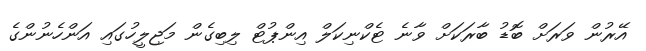
އޭރުން ވަރަށް ބޮޑު ބާރަކަށް ވާނެ ޓެކްނިކަލް އިންޕުޓް ލިބިގެން މަޖިލީހުގައި އަންހެނުންގެ